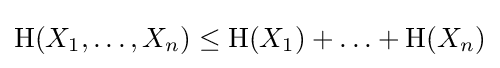
\mathrm {H} (X_{1},\ldots ,X_{n})\leq \mathrm {H} (X_{1})+\ldots +\mathrm {H} (X_{n})